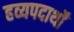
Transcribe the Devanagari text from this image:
हव्यपदार्थों